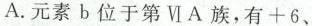
A.元素b位于第Ⅵ A族，有+6、